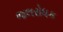
જલરોધક